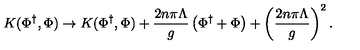
K ( \Phi ^ { \dagger } , \Phi ) \rightarrow K ( \Phi ^ { \dagger } , \Phi ) + { \frac { 2 n \pi \Lambda } { g } } \left( \Phi ^ { \dagger } + \Phi \right) + \left( { \frac { 2 n \pi \Lambda } { g } } \right) ^ { 2 } .